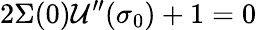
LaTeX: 2\Sigma(0)\mathcal{U}^{\prime\prime}(\sigma_{0})+1=0